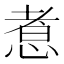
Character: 𢝬